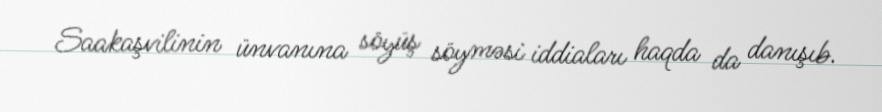
Saakaşvilinin ünvanına söyüş söyməsi iddiaları haqda da danışıb.